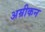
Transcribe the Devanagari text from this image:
अम्रीकन